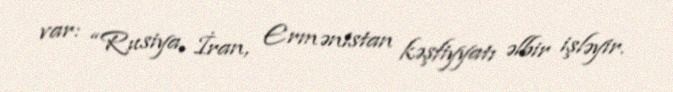
var: “Rusiya, İran, Ermənistan kəşfiyyatı əlbir işləyir.